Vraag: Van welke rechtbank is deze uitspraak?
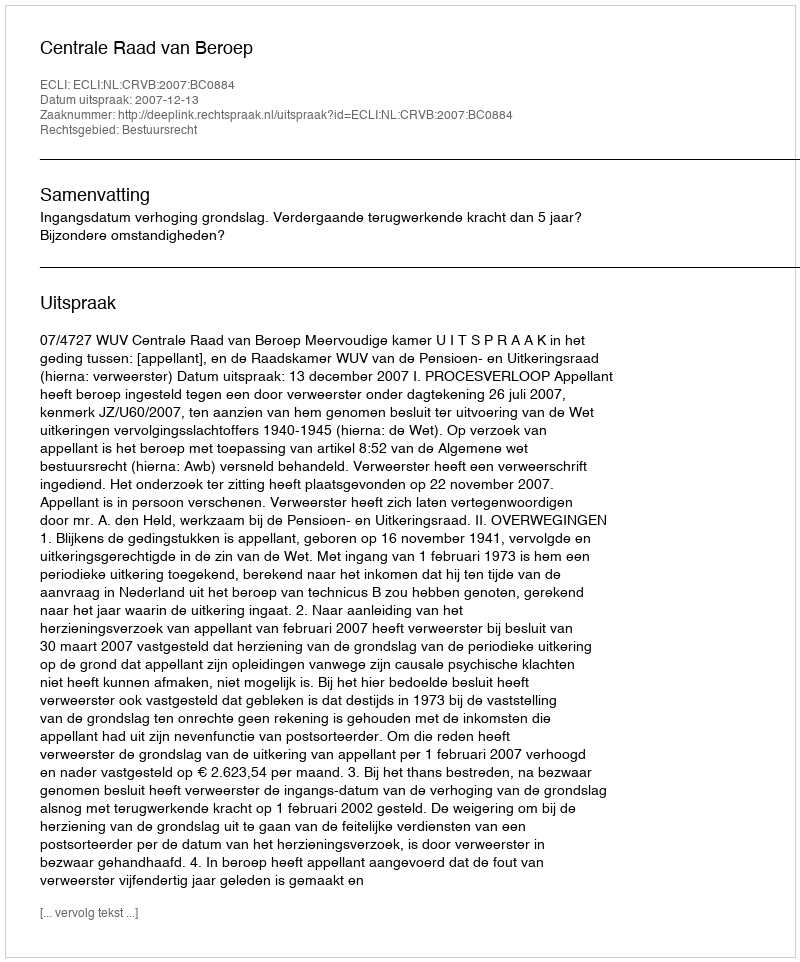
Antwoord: Centrale Raad van Beroep